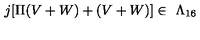
j [ \Pi ( V + W ) + ( V + W ) ] \in \ \Lambda _ { 1 6 }